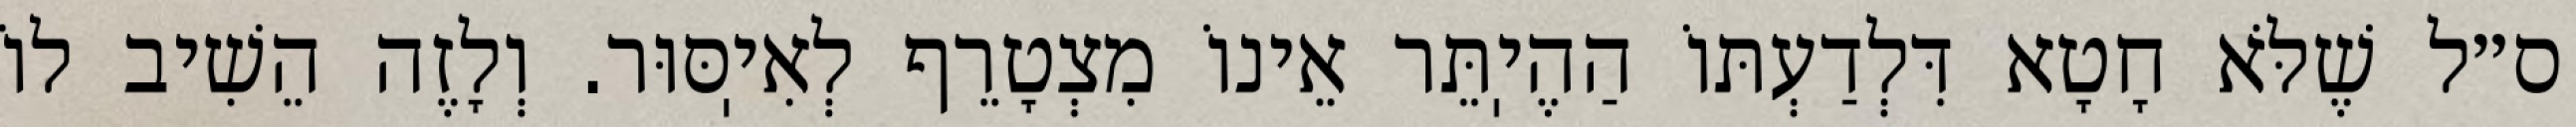
ס״ל שֶׁלֹּא חָטָא דִּלְדַעְתּוֹ הַהֶיֽתֵּר אֵינוֹ מִצְטָרֵף לְאִיֽסּוּר. וְלָזֶה הֵשִׁיב לוֹ